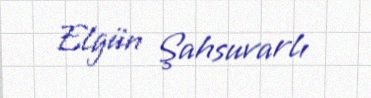
Elgün Şahsuvarlı